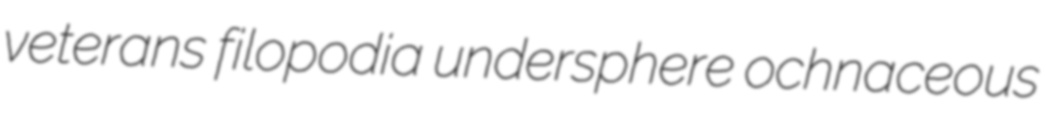
veterans filopodia undersphere ochnaceous